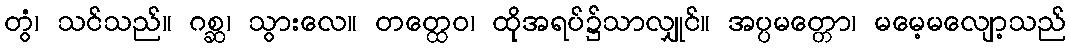
တွံ၊ သင်သည်။ ဂစ္ဆ၊ သွားလေ။ တတ္ထေဝ၊ ထိုအရပ်၌သာလျှုင်။ အပ္ပမတ္တော၊ မမေ့မလျော့သည်